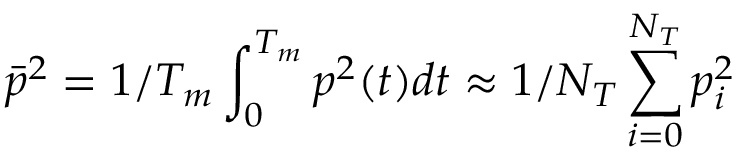
\bar { p } ^ { 2 } = 1 / T _ { m } \int _ { 0 } ^ { T _ { m } } p ^ { 2 } ( t ) d t \approx 1 / N _ { T } \sum _ { i = 0 } ^ { N _ { T } } p _ { i } ^ { 2 }